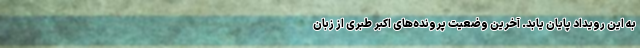
به این رویداد پایان یابد. آخرین وضعیت پرونده‌های اکبر طبری از زبان